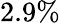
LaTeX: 2.9\%